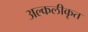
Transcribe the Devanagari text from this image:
अल्कलीकृत